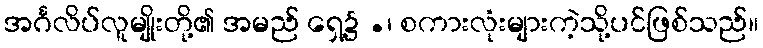
အင်္ဂလိပ်လူမျိုးတို့၏ အမည် ရှေ့၌ .၊ စကားလုံးများကဲ့သို့ပင်ဖြစ်သည်။